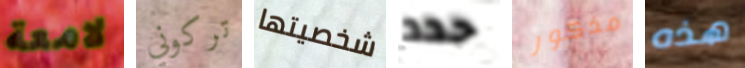
لامعة تركوني شخصيتها حدد مذكور هذه